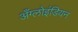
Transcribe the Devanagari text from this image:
अँग्लोइंडियन